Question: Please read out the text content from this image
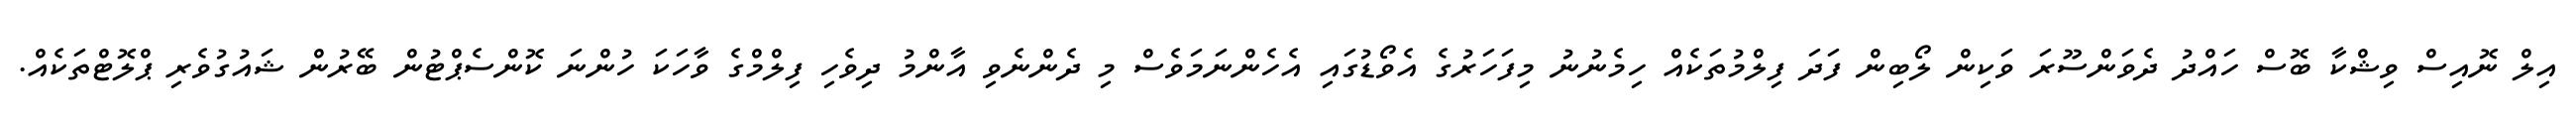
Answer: އިލް ނޮއިސް ވިޝްކާ ބޮސް ހައްދު ދެވަންސޫރަ ވަކިން ލޯބިން ފަދަ ފިލްމުތަކެއް ހިމެނުނު މިފަހަރުގެ އެވޯޑުގައި އެހެންނަމަވެސް މި ދެންނެވި އާންމު ދިވެހި ފިލްމްގެ ވާހަކަ ހުންނަ ކޮންސެޕްޓުން ބޭރުން ޝައުގުވެރި ޕްލޮޓްތަކެއް.